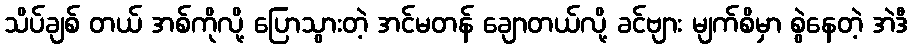
သိပ်ချစ် တယ် အစ်ကိုလို့ ပြောသွားတဲ့ အင်မတန် ချောတယ်လို့ ခင်ဗျား မျက်စိမှာ စွဲနေတဲ့ အဲဒီ